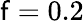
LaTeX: \mathsf{f}=0.2